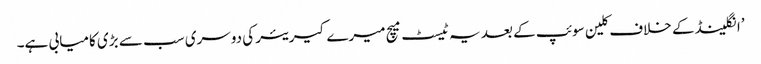
’انگلینڈ کے خلاف کلین سوئپ کے بعد یہ ٹیسٹ میچ میرے کیریئر کی دوسری سب سے بڑی کامیابی ہے۔